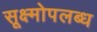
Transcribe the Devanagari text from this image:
सूक्ष्मोपलब्ध